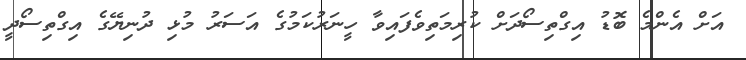
އަށް އެންމެ ބޮޑު އިގްތިސޯދަށް ކުރިމަތިވެފައިވާ ހީނަރުކަމުގެ އަސަރު މުޅި ދުނިޔޭގެ އިގްތިސޯދީ